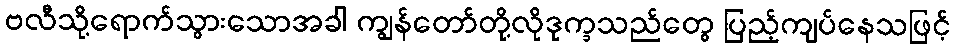
ဗလီသို့ရောက်သွားသောအခါ ကျွန်တော်တို့လိုဒုက္ခသည်တွေ ပြည့်ကျပ်နေသဖြင့်